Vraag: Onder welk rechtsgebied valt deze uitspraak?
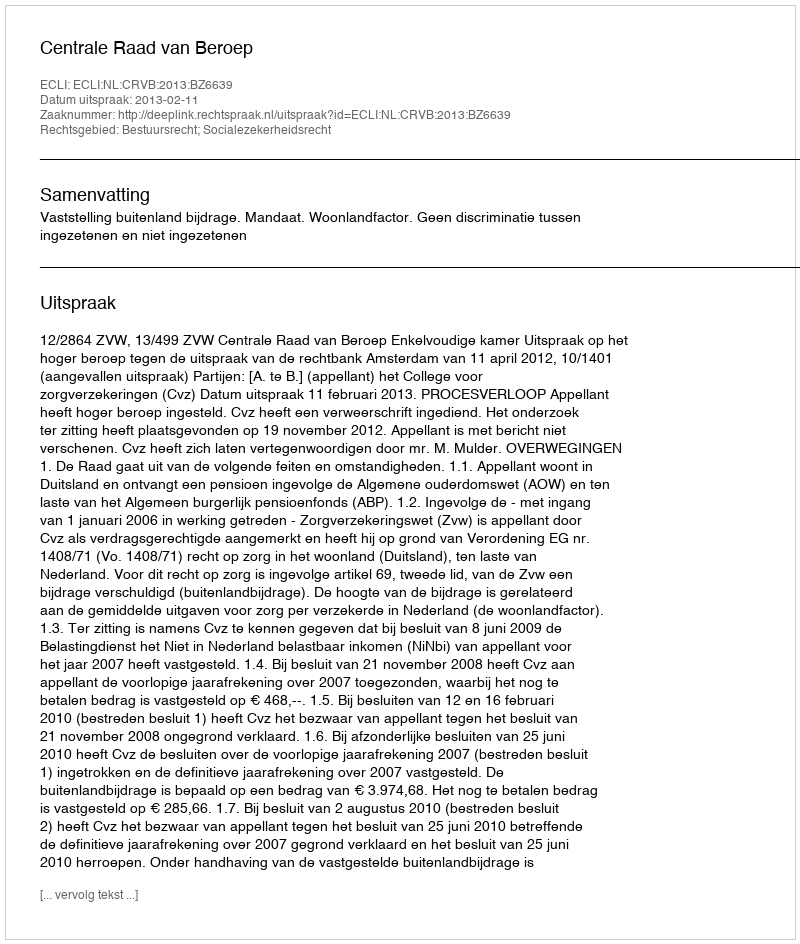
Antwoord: Bestuursrecht; Socialezekerheidsrecht